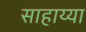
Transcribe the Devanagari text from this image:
साहाय्या